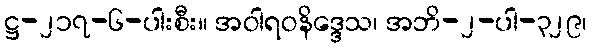
ဋ္ဌ-၂၁၇-၆-ပါးစီး။ အဝါရဝနိဒ္ဒေသ၊ အဘိ-၂-ပါ-၃၂၉၊